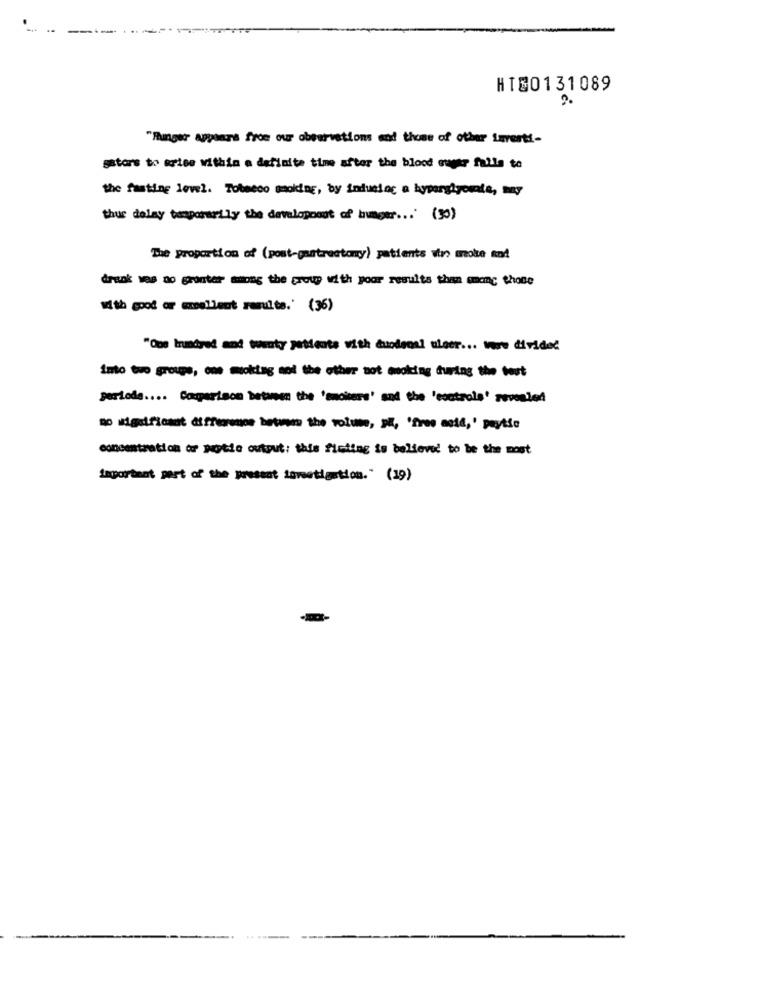
- -
-
HTE0131089
"Hunger appears from our observations and those of other Levert !-
gators to artes within a definite time after the blood sugar falla to
the fasting level. Tobacco moking, by induelos a hyperglyorata, may
thus delay temporarily the development of hunger ... (30)
The proportion of (post-gastrectomy) patients urs moke and
drank ves do grontar among the group with your results than manc Phone
with good or sellout results. (36)
"One hundred and twenty patients with duodeosl uleer ... More divided
into two groups, ome moking and the other not amoking during the test
periods .... Comparison between the 'emciters' and the 'esotrola' revealed
no significant difference between the volume, si, 'free asia, ' paytse
concentration or pytie output: this fisting is believed to be the most
laportant part of the present investigation." (19)